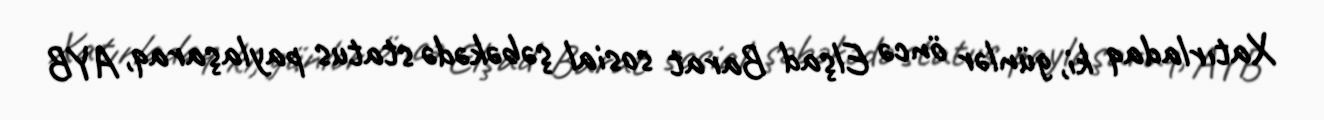
Xatırladaq ki, günlər öncə Elşad Barat sosial şəbəkədə status paylaşaraq, AYB